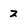
Character: 2